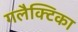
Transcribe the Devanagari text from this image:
गलैक्टिका